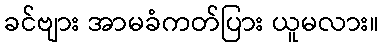
ခင်ဗျား အာမခံကတ်ပြား ယူမလား။